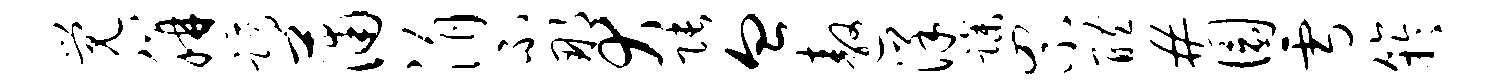
觉胼蹲蒲涓不那犬张血遨洋躁罘醴#圜雪竽